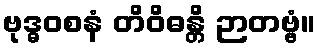
ဗုဒ္ဓဝစနံ တိဝိဓန္တိ ဉာတဗ္ဗံ။